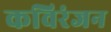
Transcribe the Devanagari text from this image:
कविरंजन